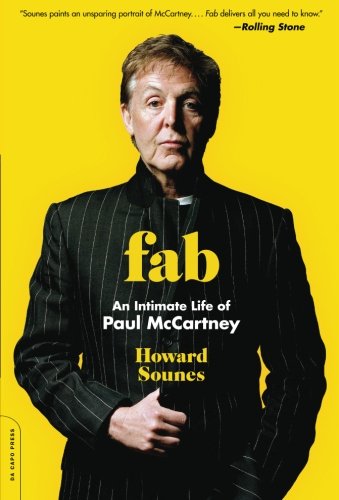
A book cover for Fab: An Intimate Life of Paul McCartney; Howard Sounes; Humor & Entertainment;